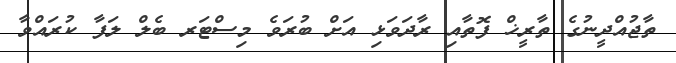
ތާޖުއްދީނުގެ ތާރީޚް ފޮތާއި ރާދަވަޅި އަށް ބުރަވެ މިސްޓަރ ބެލް ލަފާ ކުރައްވާ